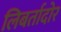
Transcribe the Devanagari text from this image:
लिबर्तादोर